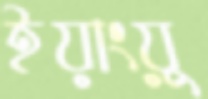
ইয়াংয়ু